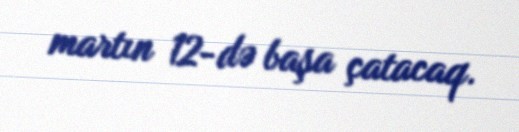
martın 12-də başa çatacaq.